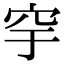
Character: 穻